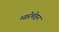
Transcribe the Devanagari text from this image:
प्यारेमोहन